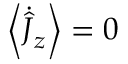
\left\langle \dot { \hat { J } } _ { z } \right\rangle = 0